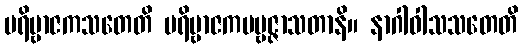
ပရိဗ္ဗာဇကသတေတိ ပရိဗ္ဗာဇကပဗ္ဗဇ္ဇာသတာနိ။ နာဂါဝါသသတေတိ